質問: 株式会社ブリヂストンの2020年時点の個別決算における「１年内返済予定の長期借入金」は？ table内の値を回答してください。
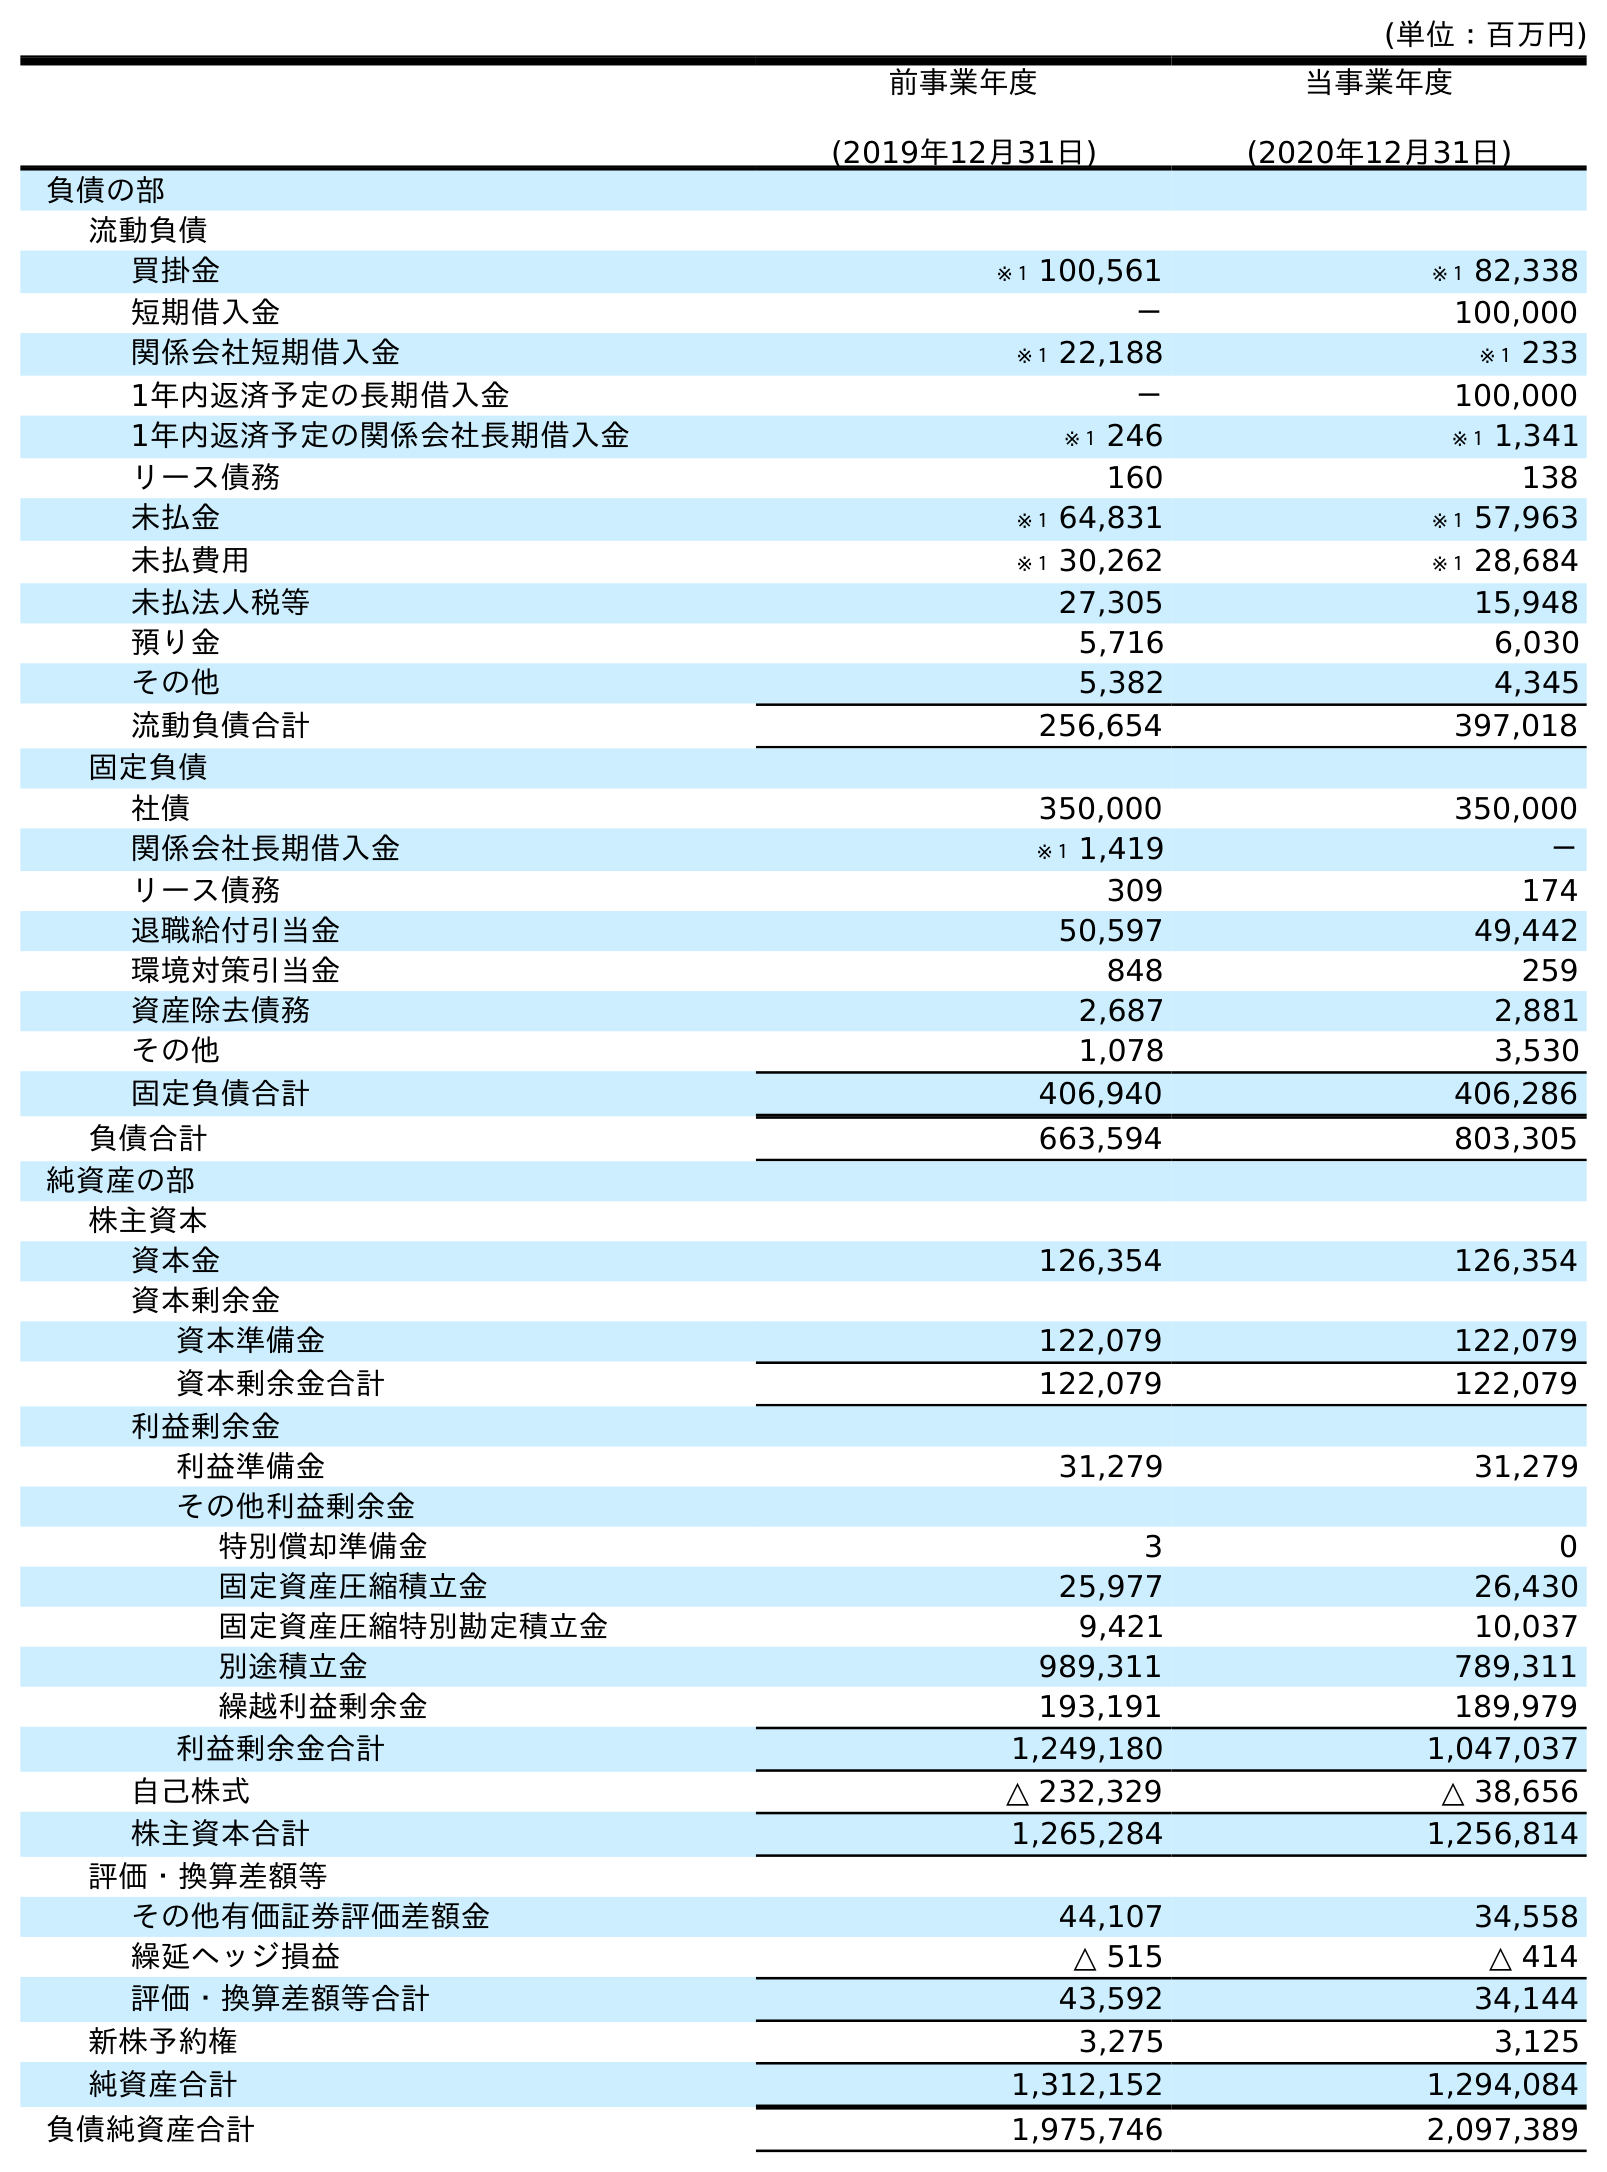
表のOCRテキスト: (単位：百万円) 前事業年度 (2019年12月31日) 当事業年度 (2020年12月31日) 負債の部 流動負債 買掛金 ※１ 100,561 ※１ 82,338 短期借入金 － 100,000 関係会社短期借入金 ※１ 22,188 ※１ 233 1年内返済予定の長期借入金 － 100,000 1年内返済予定の関係会社長期借入金 ※１ 246 ※１ 1,341 リース債務 160 138 未払金 ※１ 64,831 ※１ 57,963 未払費用 ※１ 30,262 ※１ 28,684 未払法人税等 27,305 15,948 預り金 5,716 6,030 その他 5,382 4,345 流動負債合計 256,654 397,018 固定負債 社債 350,000 350,000 関係会社長期借入金 ※１ 1,419 － リース債務 309 174 退職給付引当金 50,597 49,442 環境対策引当金 848 259 資産除去債務 2,687 2,881 その他 1,078 3,530 固定負債合計 406,940 406,286 負債合計 663,594 803,305 純資産の部 株主資本 資本金 126,354 126,354 資本剰余金 資本準備金 122,079 122,079 資本剰余金合計 122,079 122,079 利益剰余金 利益準備金 31,279 31,279 その他利益剰余金 特別償却準備金 3 0 固定資産圧縮積立金 25,977 26,430 固定資産圧縮特別勘定積立金 9,421 10,037 別途積立金 989,311 789,311 繰越利益剰余金 193,191 189,979 利益剰余金合計 1,249,180 1,047,037 自己株式 △ 232,329 △ 38,656 株主資本合計 1,265,284 1,256,814 評価・換算差額等 その他有価証券評価差額金 44,107 34,558 繰延ヘッジ損益 △ 515 △ 414 評価・換算差額等合計 43,592 34,144 新株予約権 3,275 3,125 純資産合計 1,312,152 1,294,084 負債純資産合計 1,975,746 2,097,389
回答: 100,000